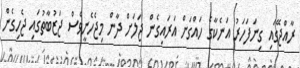
ރާއްޖޭގައި ގިނަފަހަރު އަނެކާގެ ހައްގަށް އަރައިގެން ޖަލަށް ދާން މިޖެހެނީވެސް ޖަޒުބާތުގައި ޖެހިގެން